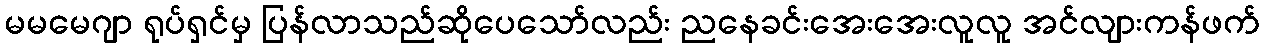
မမမေဂျာ ရုပ်ရှင်မှ ပြန်လာသည်ဆိုပေသော်လည်း ညနေခင်းအေးအေးလူလူ အင်လျားကန်ဖက်